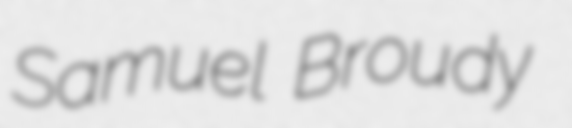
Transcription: Samuel Broudy